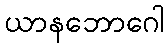
ယာနဘောဂေါ